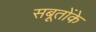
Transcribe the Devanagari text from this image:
सबूतोंके